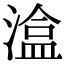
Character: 𭲃